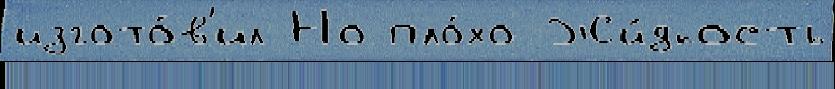
изгото́в'ил Но пло́хо Жи́дкость